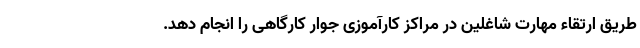
طریق ارتقاء مهارت شاغلین در مراکز کارآموزی جوار کارگاهی را انجام دهد.